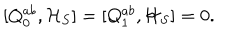
LaTeX: [ Q _ { 0 } ^ { a b } , { \cal H } _ { S } ] = [ Q _ { 1 } ^ { a b } , { \cal H } _ { S } ] = 0 .